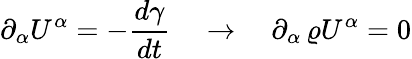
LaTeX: \partial_{\alpha}U^{\alpha}=-\frac{d{\gamma}}{dt}\quad\to\quad\partial_{\alpha}\, \varrho U^{\alpha}=0